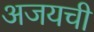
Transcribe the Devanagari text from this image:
अजयची